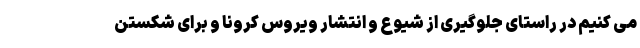
می کنیم در راستای جلوگیری از شیوع و انتشار ویروس کرونا و برای شکستن